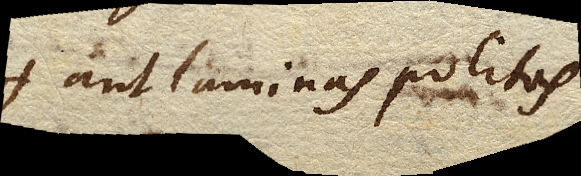
aut laminas politas